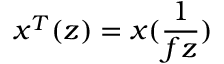
x ^ { T } ( z ) = x ( \frac { 1 } { f z } )